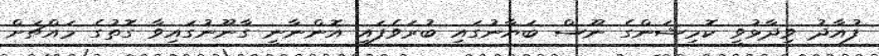
ފުއާދު ވިދާޅުވީ ކޮމިޝަންގެ ނޫސް ބަޔާނުގައި ބުރަވެފައި އޮންނާނީ ގާނޫނުގައިވާ ގޮތުގެ މައްޗަށް